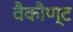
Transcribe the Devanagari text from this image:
वैकौण्ट